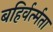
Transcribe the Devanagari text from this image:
बहिर्वर्त्मता